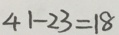
4 1 - 2 3 = 1 8